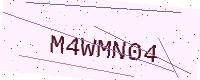
Text: M4WMN04